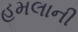
હૂમલાની